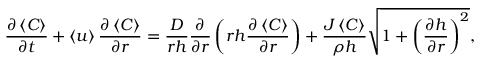
\frac { \partial \left\langle C \right\rangle } { \partial t } + \left\langle u \right\rangle \frac { \partial \left\langle C \right\rangle } { \partial r } = \frac { D } { r h } \frac { \partial } { \partial r } \left( r h \frac { \partial \left\langle C \right\rangle } { \partial r } \right) + \frac { J \left\langle C \right\rangle } { \rho h } \sqrt { 1 + \left( \frac { \partial h } { \partial r } \right) ^ { 2 } } ,